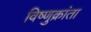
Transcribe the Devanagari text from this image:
विष्णुक्रांता